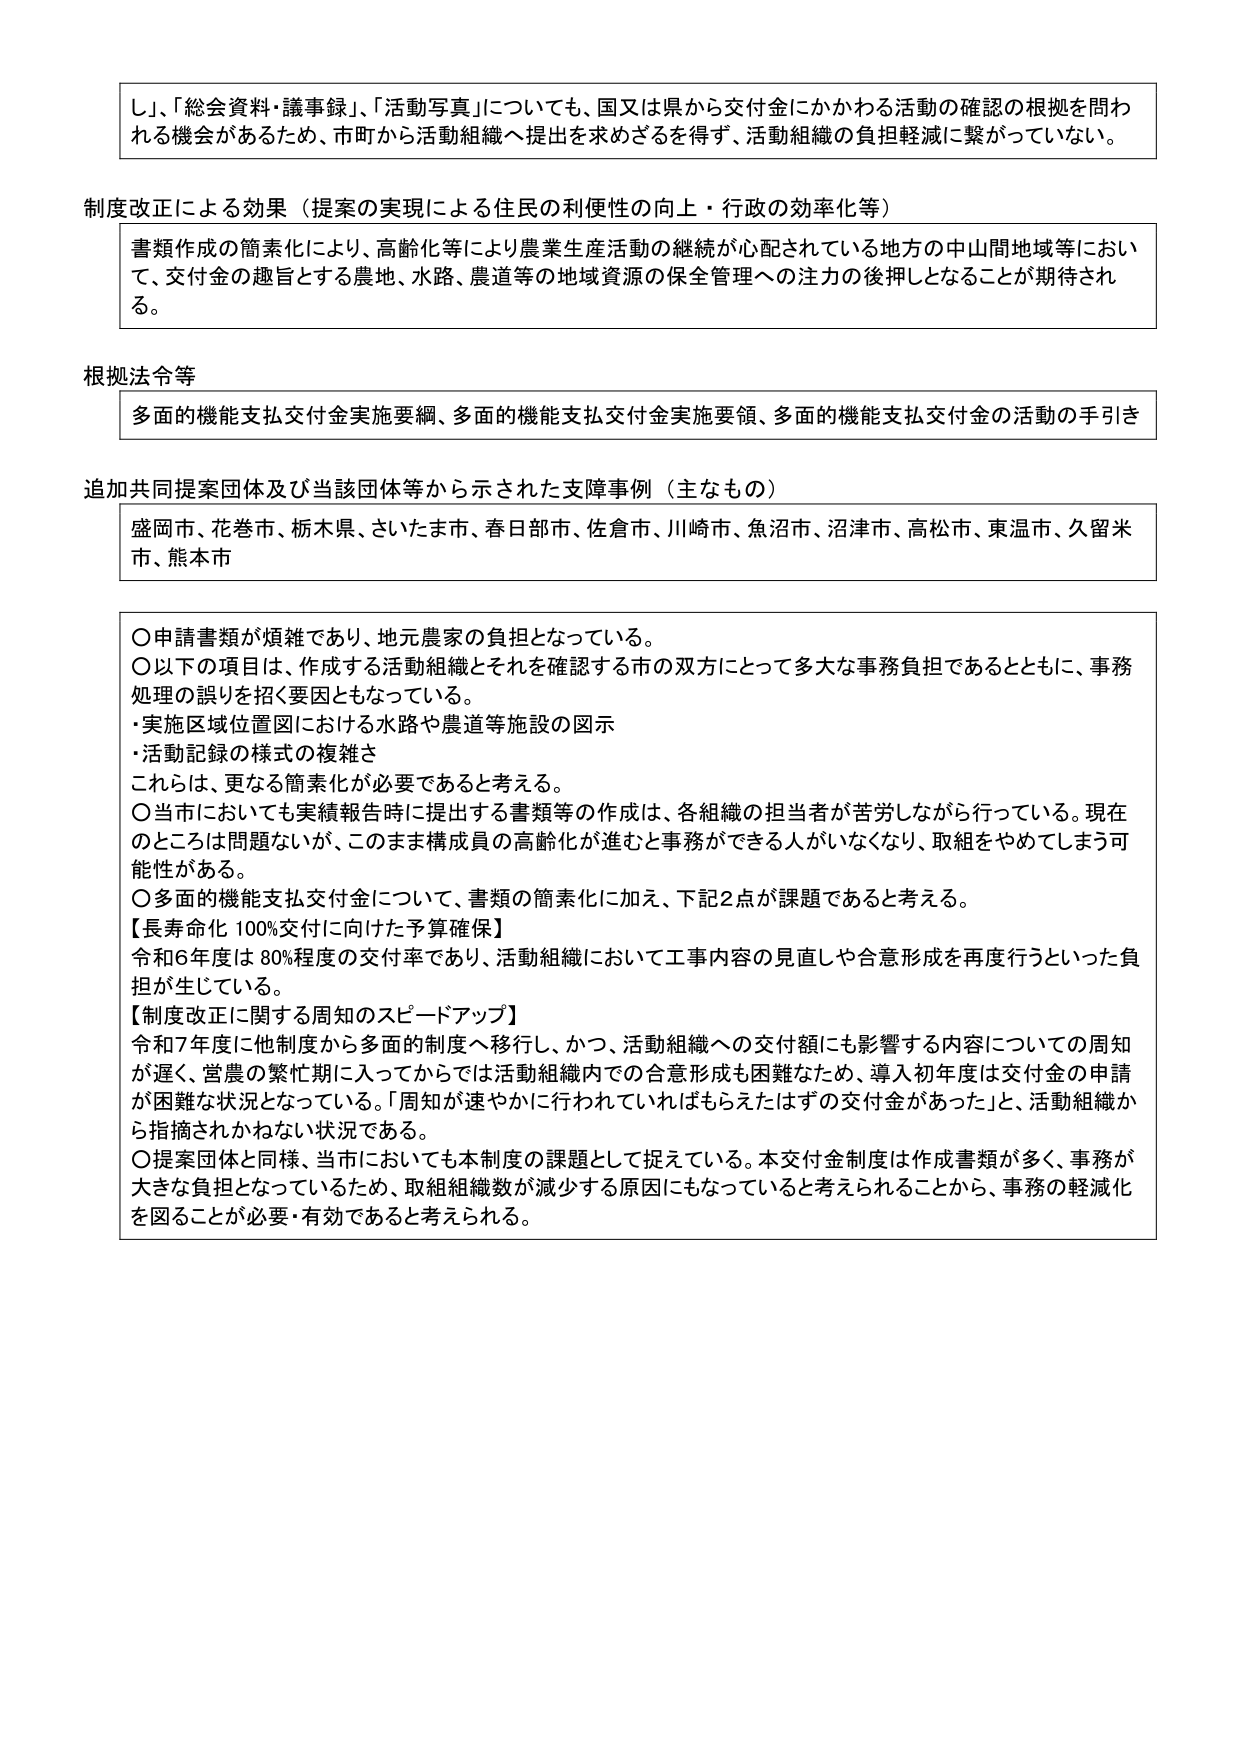
し」、「総会資料・議事録」、「活動写真」についても、国又は県から交付金にかかわる活動の確認の根拠を問わ
れる機会があるため、市町から活動組織へ提出を求めざるを得ず、活動組織の負担軽減に繋がっていない。

制度改正による効果（提案の実現による住民の利便性の向上・行政の効率化等）
書類作成の簡素化により、高齢化等により農業生産活動の継続が心配されている地方の中山間地域等におい
て、交付金の趣旨とする農地、水路、農道等の地域資源の保全管理への注力の後押しとなることが期待され
る。

根拠法令等
多面的機能支払交付金実施要綱、多面的機能支払交付金実施要領、多面的機能支払交付金の活動の手引き

追加共同提案団体及び当該団体等から示された支障事例（主なもの）
盛岡市、花巻市、栃木県、さいたま市、春日部市、佐倉市、川崎市、魚沼市、沼津市、高松市、東温市、久留米
市、熊本市

〇申請書類が煩雑であり、地元農家の負担となっている。
〇以下の項目は、作成する活動組織とそれを確認する市の双方にとって多大な事務負担であるとともに、事務
処理の誤りを招く要因ともなっている。
・実施区域位置図における水路や農道等施設の図示
・活動記録の様式の複雑さ
これらは、更なる簡素化が必要であると考える。
〇当市においても実績報告時に提出する書類等の作成は、各組織の担当者が苦労しながら行っている。現在
のところは問題ないが、このまま構成員の高齢化が進むと事務ができる人がいなくなり、取組をやめてしまう可
能性がある。
〇多面的機能支払交付金について、書類の簡素化に加え、下記2点が課題であると考える。
【長寿命化100%交付に向けた予算確保】
令和6年度は80%程度の交付率であり、活動組織において工事内容の見直しや合意形成を再度行うといった負
担が生じている。
【制度改正に関する周知のスピードアップ】
令和7年度に他制度から多面的制度へ移行し、かつ、活動組織への交付額にも影響する内容についての周知
が遅く、営農の繁忙期に入ってからでは活動組織内での合意形成も困難なため、導入初年度は交付金の申請
が困難な状況となっている。「周知が速やかに行われていればもらえたはずの交付金があった」と、活動組織か
ら指摘されかねない状況である。
〇提案団体と同様、当市においても本制度の課題として捉えている。本交付金制度は作成書類が多く、事務が
大きな負担となっているため、取組組織数が減少する原因にもなっていると考えられることから、事務の軽減化
を図ることが必要・有効であると考えられる。